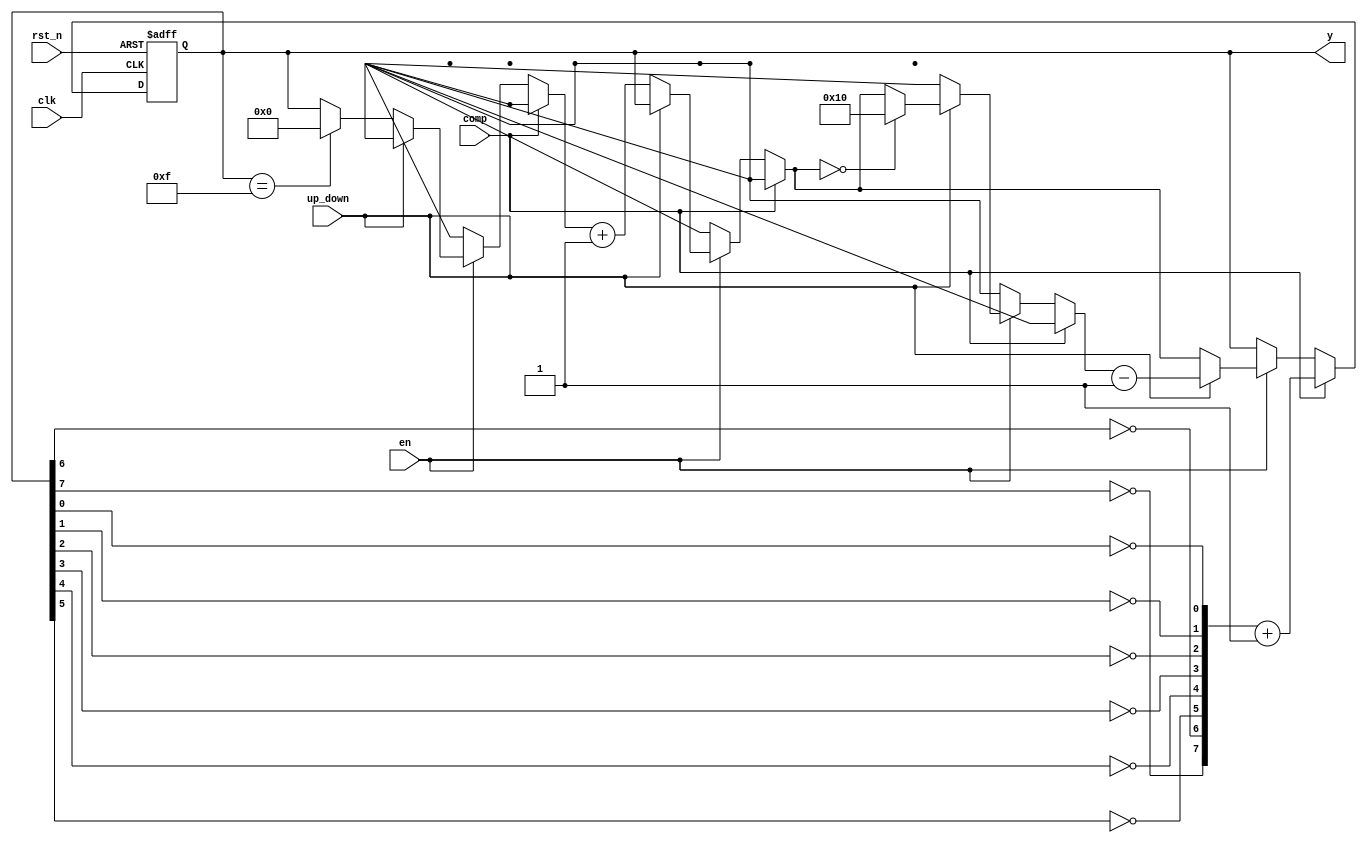
module up_down_counter_n(up_down, en, clk, comp, rst_n, y);
	parameter SIZE = 4;
	input up_down, en, clk, comp, rst_n;
	output [7:0]y;
	reg [7:0]y;
	integer i;
	
	always @(posedge clk or posedge rst_n) begin
		if(rst_n) begin
			y = 0;
		end
		
		else if(comp == 1'b1) begin
			for(i=0; i<8; i=i+1) begin
				y[i] = ~y[i];
			end
			y = y + 1;
		end
		
		else if(en == 1'b1) begin
			if(up_down == 1'b0) begin
				if(y == 2**SIZE-1) y = 0;
				y = y + 1;
			end
			if(up_down == 1'b1) begin
				if(y == 0) y = 2**SIZE;
				y = y - 1;
			end
		end
	end

endmodule